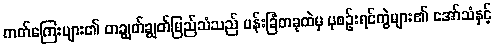
ကတ်ကြေးများ၏ တချွတ်ချွတ်မြည်သံသည် ပန်းခြံတခုထဲမှ ပုစဉ်းရင်ကွဲများ၏ အော်သံနှင့်